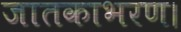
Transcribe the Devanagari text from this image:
जातकाभरण।